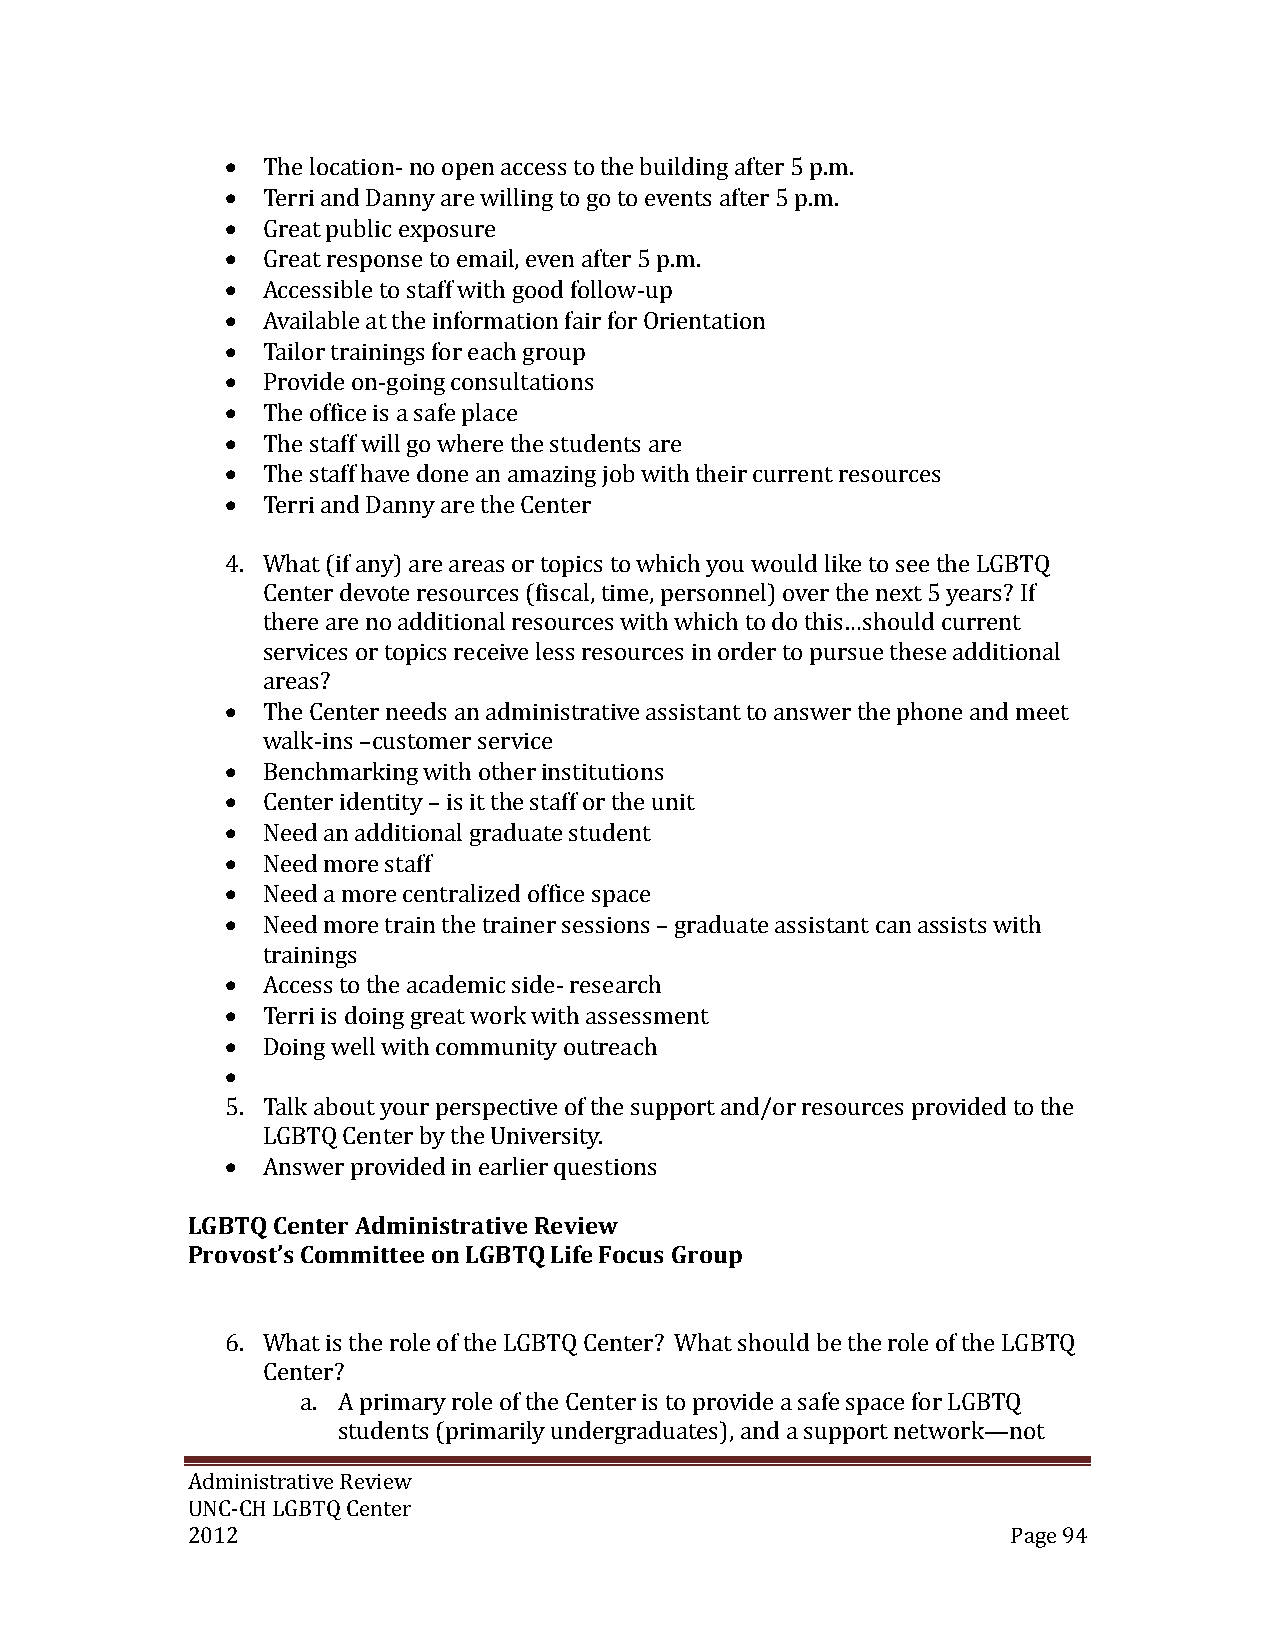
 The location- no open access to the building after 5 p.m.
  Terri and Danny are willing to go to events after 5 p.m.
  Great public exposure
  Great response to email, even after 5 p.m.
  Accessible to staff with good follow-up
  Available at the information fair for Orientation
  Tailor trainings for each group
  Provide on-going consultations
  The office is a safe place
  The staff will go where the students are
  The staff have done an amazing job with their current resources
  Terri and Danny are the Center
 4. What (if any) are areas or topics to which you would like to see the LGBTQ
 Center devote resources (fiscal, time, personnel) over the next 5 years? If
 there are no additional resources with which to do this…should current
 services or topics receive less resources in order to pursue these additional
 areas?
  The Center needs an administrative assistant to answer the phone and meet
 walk-ins –customer service
  Benchmarking with other institutions
  Center identity – is it the staff or the unit
  Need an additional graduate student
  Need more staff
  Need a more centralized office space
  Need more train the trainer sessions – graduate assistant can assists with
 trainings
  Access to the academic side- research
  Terri is doing great work with assessment
  Doing well with community outreach
 
 5. Talk about your perspective of the support and/or resources provided to the
 LGBTQ Center by the University.
  Answer provided in earlier questions
 LGBTQ Center Administrative Review
 Provost’s Committee on LGBTQ Life Focus Group
 6. What is the role of the LGBTQ Center? What should be the role of the LGBTQ
 Center?
 a. A primary role of the Center is to provide a safe space for LGBTQ
 students (primarily undergraduates), and a support network—not
 Administrative Review
 UNC-CH LGBTQ Center
 2012                                                   Page 94